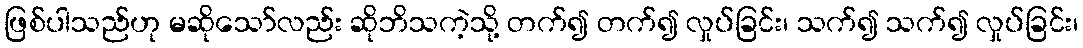
ဖြစ်ပါသည်ဟု မဆိုသော်လည်း ဆိုဘိသကဲ့သို့ တက်၍ တက်၍ လှုပ်ခြင်း၊ သက်၍ သက်၍ လှုပ်ခြင်း၊